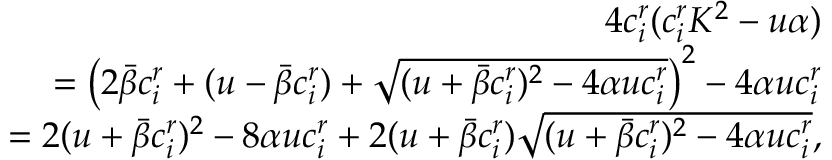
\begin{array} { r } { 4 c _ { i } ^ { r } ( c _ { i } ^ { r } K ^ { 2 } - { u \alpha } ) } \\ { = \left( 2 \bar { \beta } c _ { i } ^ { r } + ( u - \bar { \beta } c _ { i } ^ { r } ) + \sqrt { ( u + \bar { \beta } c _ { i } ^ { r } ) ^ { 2 } - 4 \alpha u c _ { i } ^ { r } } \right) ^ { 2 } - 4 \alpha u c _ { i } ^ { r } } \\ { = 2 ( u + \bar { \beta } c _ { i } ^ { r } ) ^ { 2 } - 8 \alpha u c _ { i } ^ { r } + 2 ( u + \bar { \beta } c _ { i } ^ { r } ) \sqrt { ( u + \bar { \beta } c _ { i } ^ { r } ) ^ { 2 } - 4 \alpha u c _ { i } ^ { r } } , } \end{array}